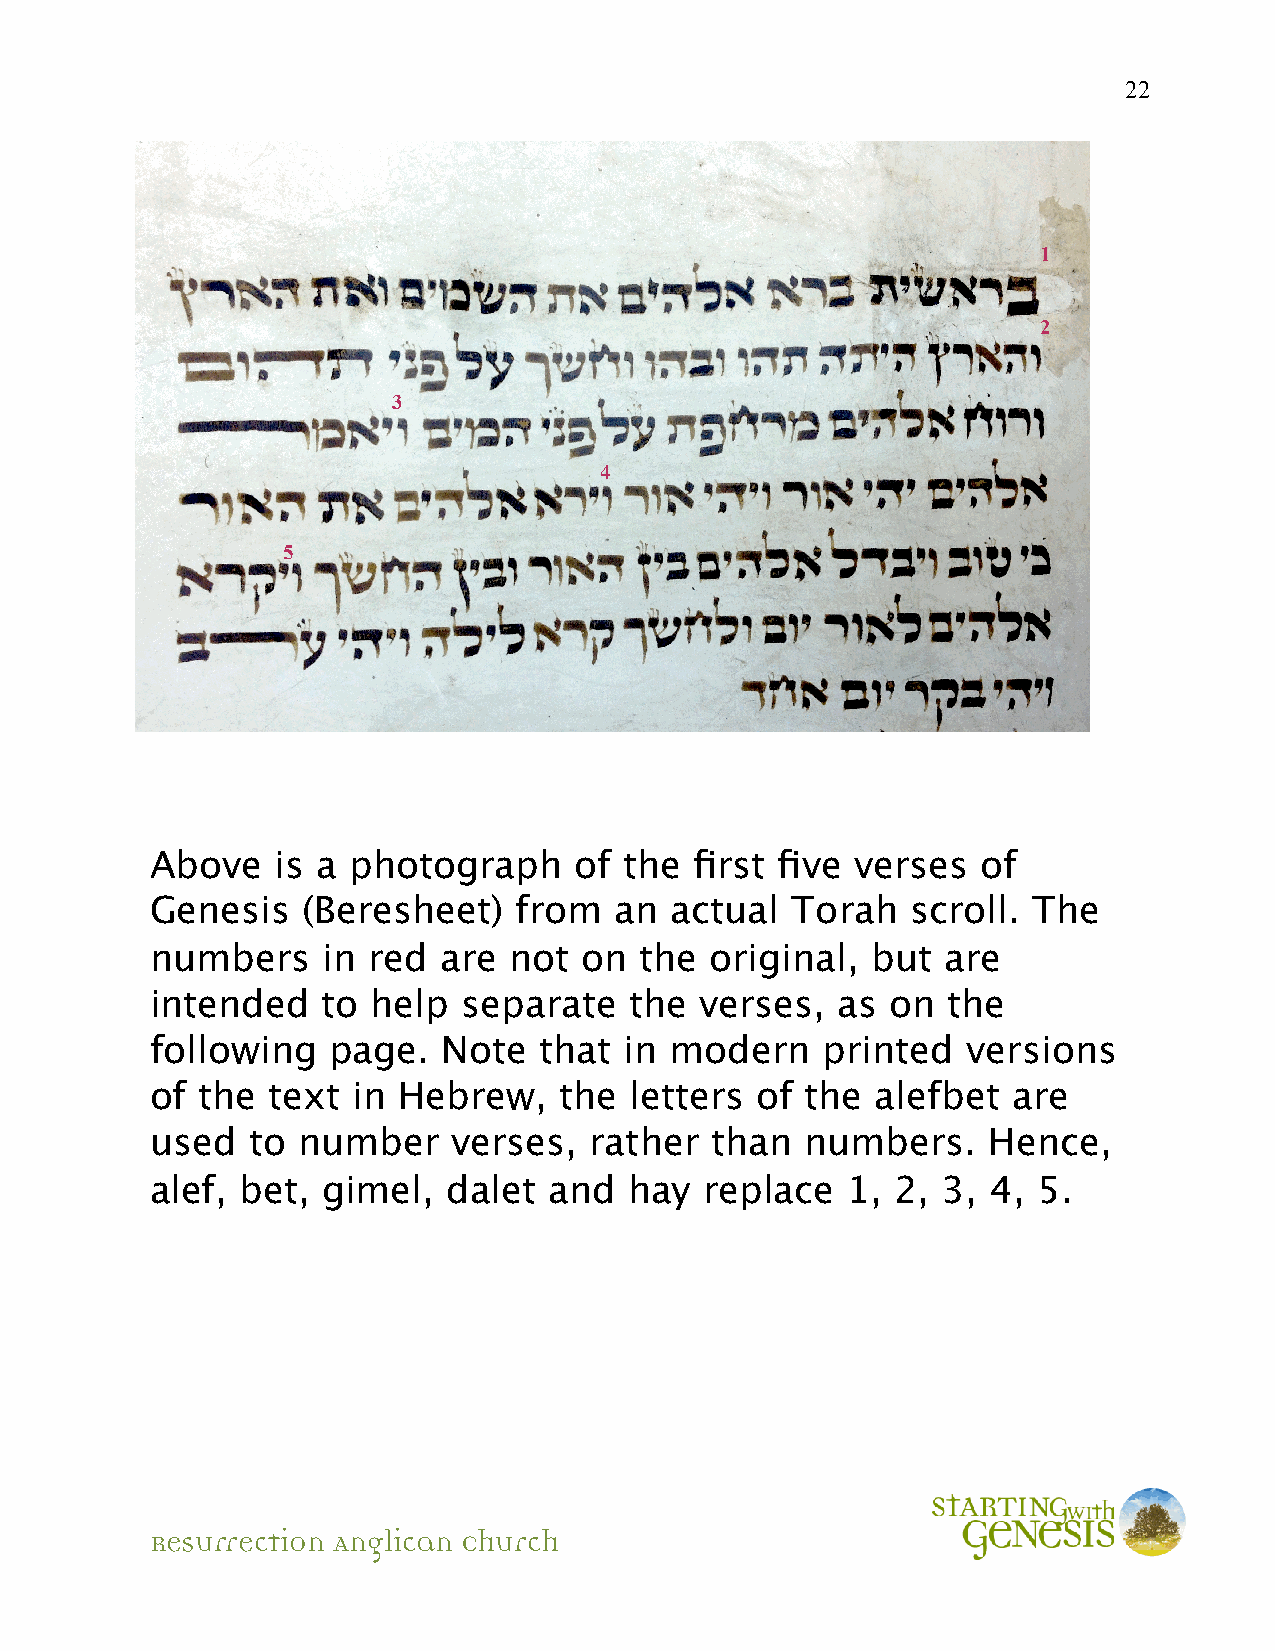
22
 1
 2
 3
 4
 5
 Above   is a photograph     of the  first five verses  of
 Genesis   (Beresheet)   from   an actual  Torah   scroll. The
 numbers    in red  are  not on  the  original,  but  are
 intended   to  help  separate   the verses,  as  on  the
 following   page.  Note   that in modern    printed   versions
 of the  text in Hebrew,    the  letters of the  alefbet  are
 used  to  number    verses,  rather  than  numbers.    Hence,
 alef, bet, gimel,   dalet and   hay  replace  1, 2, 3,  4, 5.
 Resurrection Anglican Church